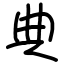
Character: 典